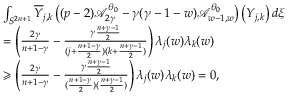
\begin{array} { r l } & { \int _ { S ^ { 2 n + 1 } } \overline { { Y } } _ { j , k } \left( ( p - 2 ) \mathcal { A } _ { 2 \gamma } ^ { \theta _ { 0 } } - \gamma ( \gamma - 1 - w ) \mathcal { A } _ { w - 1 , w } ^ { \theta _ { 0 } } \right) \left( Y _ { j , k } \right) d \xi } \\ & { = \left( \frac { 2 \gamma } { n + 1 - \gamma } - \frac { \gamma \frac { n + \gamma - 1 } { 2 } } { ( j + \frac { n + 1 - \gamma } { 2 } ) ( k + \frac { n + \gamma - 1 } { 2 } ) } \right) \lambda _ { j } ( w ) \lambda _ { k } ( w ) } \\ & { \geqslant \left( \frac { 2 \gamma } { n + 1 - \gamma } - \frac { \gamma \frac { n + \gamma - 1 } { 2 } } { ( \frac { n + 1 - \gamma } { 2 } ) ( \frac { n + \gamma - 1 } { 2 } ) } \right) \lambda _ { j } ( w ) \lambda _ { k } ( w ) = 0 , } \end{array}